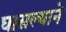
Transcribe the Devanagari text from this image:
घासल्याने